Annual administration report of the Civil Veterinary Department of India - 1892-1893
Year: 1892
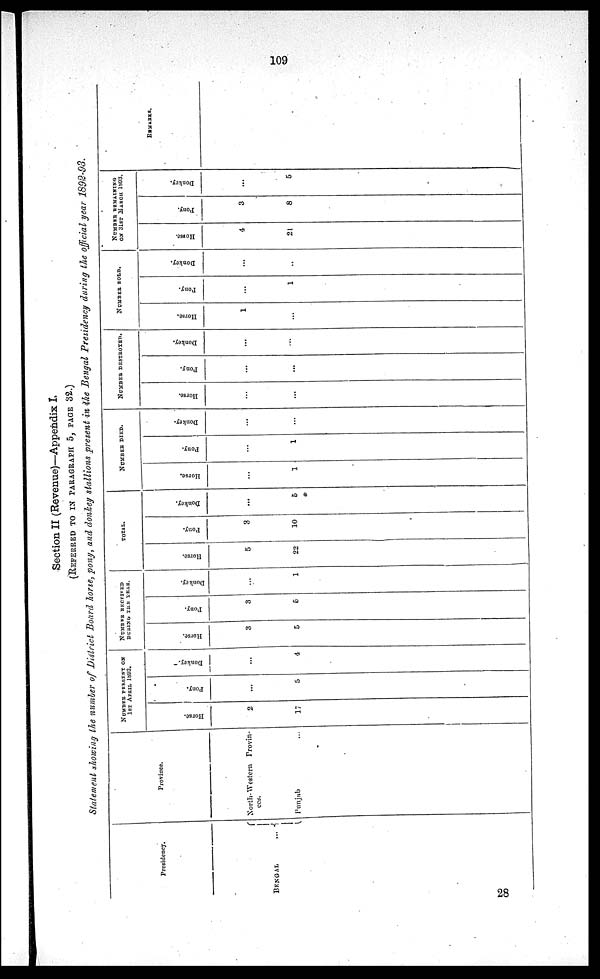
109
Section II (Revenue)—Appendix I.
(REFERRED TO IN PARAGRAPH 5, PAGE 32.)
Statement showing the number of District Board horse, pony, and donkey stallions present in the Bengal Presidency during the official year 1892-93.
Presidency.
BENGAL
...
Province.
North-Western Provin-
ces.
Punjab ...
NUMBER PRESENT ON
1ST
APRIL
1892.
Horse.
2
17
Pony.
...
5
Donkey.
...
4
NUMBER RECEIVED
DURING THE YEAR.
Horse.
3
5
Pony.
3
6
Donkey.
...
1
TOTAL.
Horse.
5
22
Pony.
3
10
Donkey.
...
5
NUMBER DIED.
Horse.
...
1
Pony.
...
1
Donkey.
...
...
NUMBER DESTROYED.
Horse.
...
...
Pony.
...
...
Donkey.
...
...
NUMBER SOLD.
Horse.
1
...
Pony.
...
1
Donkey.
...
...
NUMBER REMAINING
ON 31ST MARCH 1893.
Horse.
4
21
Pony.
3
8
Donkey.
...
5
REMARKS.
28